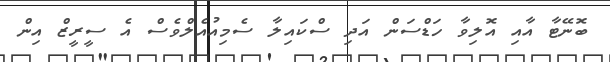
ބޮނޭޓާ އާއި އޮލިވާ ހަޑްސަން އަދި ސްކައިލާ ސެމިއުއެލްވެސް އެ ސީރީޒް އިން